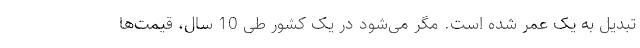
تبدیل به یک عمر شده است. مگر می‌شود در یک کشور طی 10 سال، قیمت‌ها